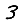
Digit: 3